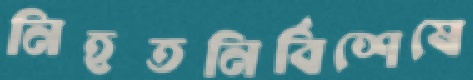
নিহতনির্বিশেষে